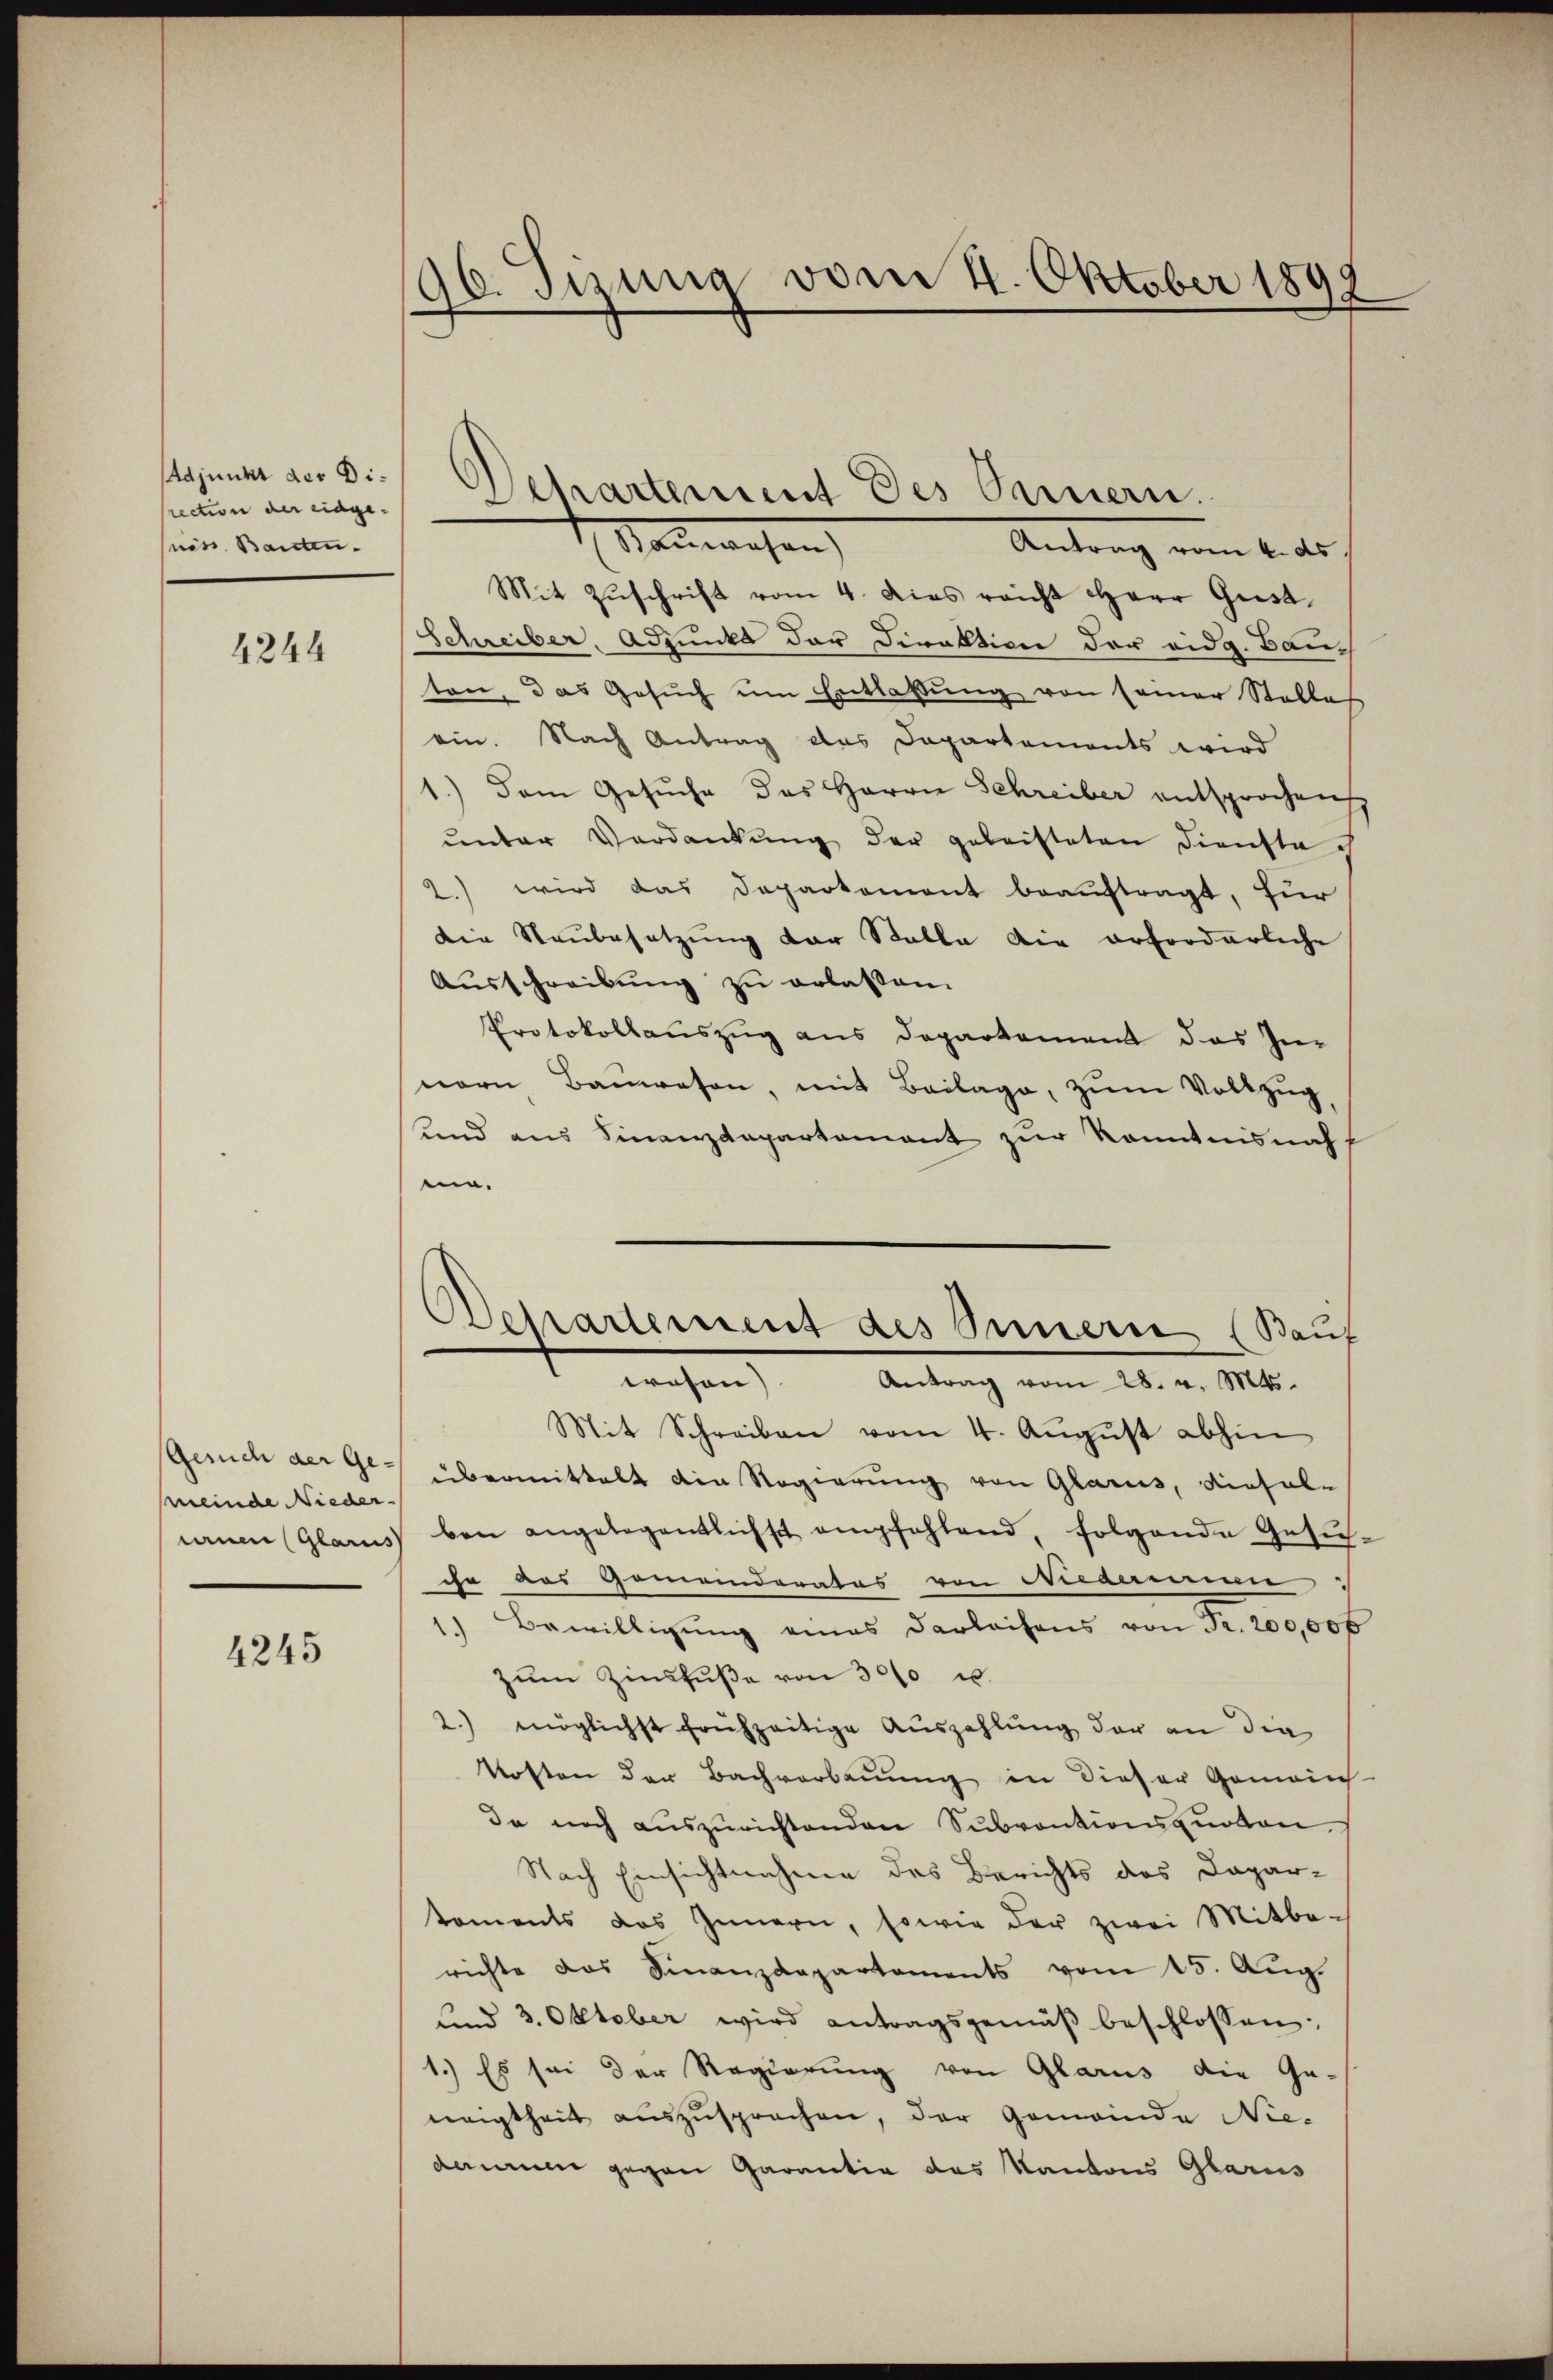
Adjunkt der Direction der eingesein Bauten.

4244

Gesuch der Ge-
meinde Nieder-
uinen (Glarus

4245

96. Sizung vom 11. Oktober 1898

Nanwesen
Antrag vom 4. ds.
Mit Zŭschrift vom 4. dies reicht Herr Gust
Schreiber, Adjunkt der Direktion der eidg. Bau-
ton, das Gesuch um Entlaßung von seiner Stalles
ein. Nach Antrag das Dapartements wird
1.) Dem Gesŭche das Herrn Schreiber entsprochen,
ŭnter Verdankŭng der geleisteten Dienste-
2) wird das Departement beauftragt, für
die Neŭbesetzŭng der Stalle die erforderliche
Aŭsschreibŭng zŭ erlassen.
Protokollauszug aus Departement das In-
nern Bauwesen, mit Beilage, zum Vollzug
und aus Finanzdepartament zŭr Kenntnisnah
mn.
Mit Schreiben vom 4. Aŭgŭst abhin
übermittelt die Regierung von Glarus, diesel-
ben angelegentlichst empfehlend, folgende Gesuch-
ihn das Gemeinderates von Niedenen
1) Bewilligung eines Darleihens von Nr. 160,00f
zŭm Zinsfŭβe von 300 u.
2.) möglichst frühzeitige Auszahlung der an die
Kosten der Bachverbauung in dieser Gemeins-
da noch auszurichtenden Subventionsquoten
Nach Einsichtnahme des Berichts des Dapar-
koments das Innern, sowie der zwei Mitberichte das Finanzdepartements vom 15. Aŭg.
sind 3. Oktober wird antragsgemäβ beschlossen:
1.) Es sei der Regierung von Glarus die Ge-
weigtheit aŭszŭsprochen, der Gemeinde Nie-
darum gegen Garantia das Kantons Glarus

Departement des Sarnern.

Departement des Innern (Kauf
wesen)
Antrag vom 28. v. Mts.